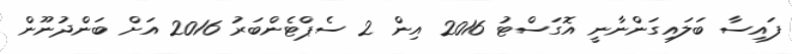
ފައިސާ ބަލައިގަންނާނީ އޮގަސްޓު 2016 އިން 2 ސެޕްޓެންބަރު 2016 އަށް ބަންދުނޫން